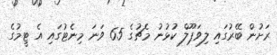
ރަށުން ބޭރުގައި ލިވަޕޫލް ކުޅުނު މެޗުގެ 65 ވަނަ މިނެޓުގައި އެ ޓީމުގެ